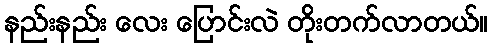
နည်းနည်း လေး ပြောင်းလဲ တိုးတက်လာတယ်။